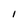
Character: I